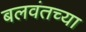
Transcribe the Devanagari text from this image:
बलवंतच्या